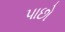
૫ાછો